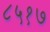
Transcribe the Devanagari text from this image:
८५१७